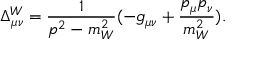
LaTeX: \Delta _ { \mu \nu } ^ { W } = \frac { 1 } { p ^ { 2 } - m _ { W } ^ { 2 } } ( - g _ { \mu \nu } + \frac { p _ { \mu } p _ { \nu } } { m _ { W } ^ { 2 } } ) .